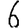
Digit: 6